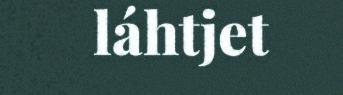
láhtjet